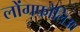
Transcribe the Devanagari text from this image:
लोंगफोलिआ